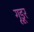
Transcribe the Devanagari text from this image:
गूडूर